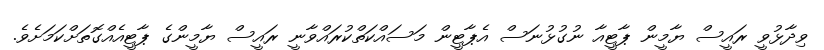
ވިދާޅުވީ ރައީސް ޔާމީން ޕާޓީއާ ނުގުޅުނަސް އެޕާޓީން މަސައްކަތްކުރައްވާނީ ރައީސް ޔާމީންގެ ޕާޓީއެއްގޮތަށްކަމަށެވެ.